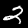
Digit: 2